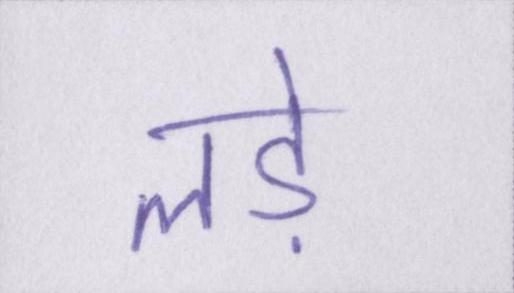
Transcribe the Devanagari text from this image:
लड़े